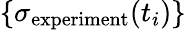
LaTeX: \{ \sigma_{\mathrm{experiment}}(t_{i})\}